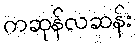
ကဆုန်လဆန်း